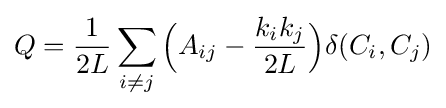
Q={\frac {1}{2L}}\sum _{i\neq j}{\Bigl (}A_{ij}-{\frac {k_{i}k_{j}}{2L}}{\Bigr )}\delta (C_{i},C_{j})